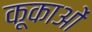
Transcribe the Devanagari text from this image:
कूकाओं